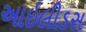
આઇલીડસ